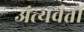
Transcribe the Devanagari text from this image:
अंत्यर्वर्ती